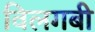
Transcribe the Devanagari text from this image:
विलगबी